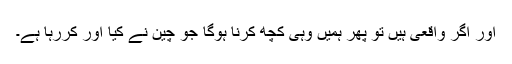
اور اگر واقعی ہیں تو پھر ہمیں وہی کچھ کرنا ہوگا جو چین نے کیا اور کررہا ہے۔